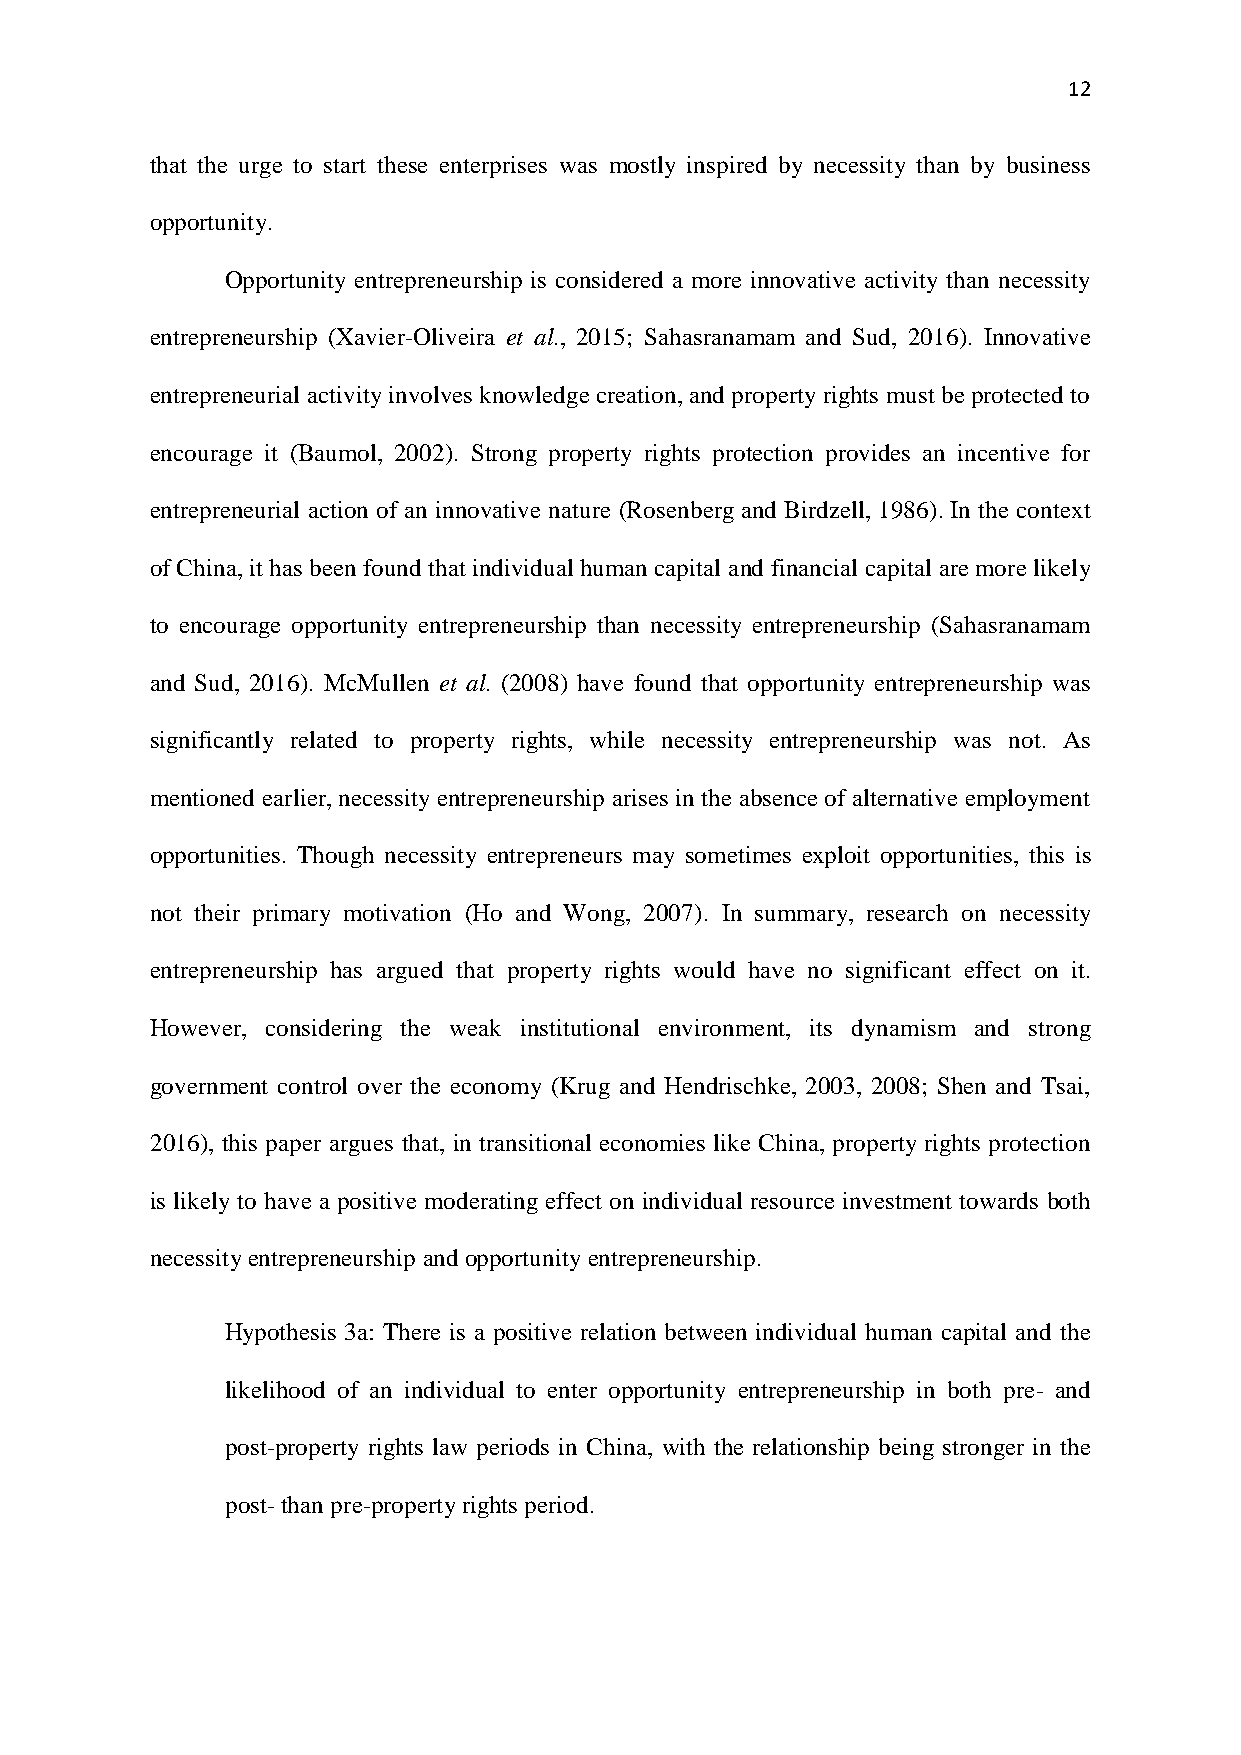
12
 that the urge to start these enterprises was mostly inspired by necessity than by business
 opportunity.
 Opportunity entrepreneurship is considered a more innovative activity than necessity
 entrepreneurship (Xavier-Oliveira et al., 2015; Sahasranamam and Sud, 2016). Innovative
 entrepreneurial activity involves knowledge creation, and property rights must be protected to
 encourage it (Baumol, 2002). Strong property rights protection provides an incentive for
 entrepreneurial action of an innovative nature (Rosenberg and Birdzell, 1986). In the context
 of China, it has been found that individual human capital and financial capital are more likely
 to encourage opportunity entrepreneurship than necessity entrepreneurship (Sahasranamam
 and Sud, 2016). McMullen et al. (2008) have found that opportunity entrepreneurship was
 significantly related to property rights, while necessity entrepreneurship was not. As
 mentioned earlier, necessity entrepreneurship arises in the absence of alternative employment
 opportunities. Though necessity entrepreneurs may sometimes exploit opportunities, this is
 not their primary motivation (Ho and Wong, 2007). In summary, research on necessity
 entrepreneurship has argued that property rights would have no significant effect on it.
 However, considering the weak institutional environment, its dynamism and strong
 government control over the economy (Krug and Hendrischke, 2003, 2008; Shen and Tsai,
 2016), this paper argues that, in transitional economies like China, property rights protection
 is likely to have a positive moderating effect on individual resource investment towards both
 necessity entrepreneurship and opportunity entrepreneurship.
 Hypothesis 3a: There is a positive relation between individual human capital and the
 likelihood of an individual to enter opportunity entrepreneurship in both pre- and
 post-property rights law periods in China, with the relationship being stronger in the
 post- than pre-property rights period.